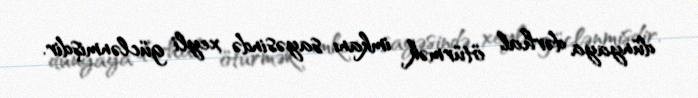
dünyaya dərhal ötürmək imkanı sayəsində xeyli güclənmişdir.